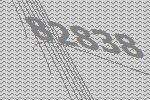
82838